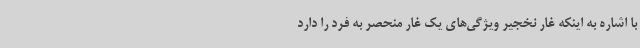
با اشاره به اینکه غار نخجیر ویژگی‌های یک غار منحصر به فرد را دارد